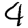
Digit: 4